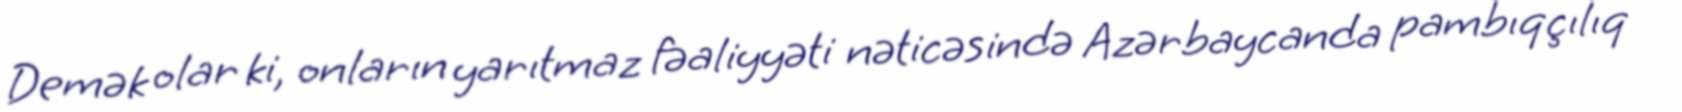
Demək olar ki, onların yarıtmaz fəaliyyəti nəticəsində Azərbaycanda pambıqçılıq